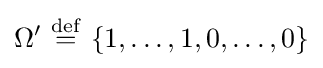
\Omega '\ {\stackrel {\mathrm {def} }{=}}\ \{1,\dots ,1,0,\dots ,0\}